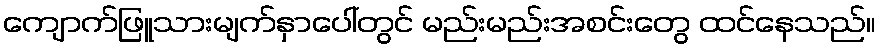
ကျောက်ဖြူသားမျက်နှာပေါ်တွင် မည်းမည်းအစင်းတွေ ထင်နေသည်။